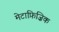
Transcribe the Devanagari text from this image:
मेटाफ़िज़िक